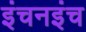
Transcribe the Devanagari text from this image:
इंचनइंच